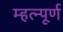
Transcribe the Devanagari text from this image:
म्हत्न्पूर्ण